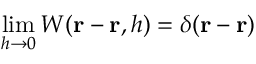
\operatorname* { l i m } _ { h \to 0 } W ( \boldsymbol { \mathbf { r } } - \boldsymbol { \mathbf { \acute { r } } } , h ) = \delta ( \boldsymbol { \mathbf { r } } - \boldsymbol { \mathbf { \acute { r } } } )